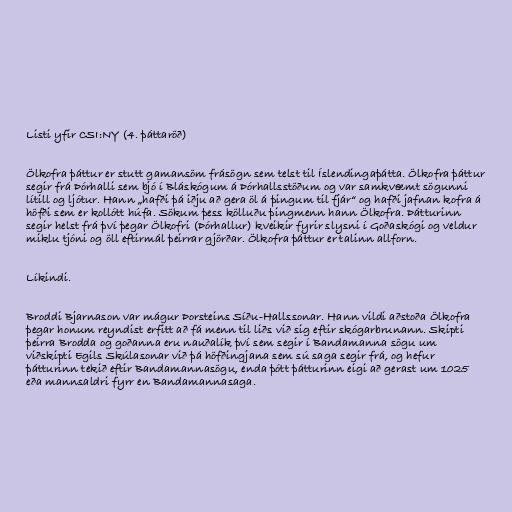
Listi yfir CSI:NY (4. þáttaröð)

Ölkofra þáttur er stutt gamansöm frásögn sem telst til Íslendingaþátta. Ölkofra þáttur
segir frá Þórhalli sem bjó í Bláskógum á Þórhallsstöðum og var samkvæmt sögunni
lítill og ljótur. Hann „hafði þá iðju að gera öl á þingum til fjár“ og hafði jafnan kofra á
höfði sem er kollótt húfa. Sökum þess kölluðu þingmenn hann Ölkofra. Þátturinn
segir helst frá því þegar Ölkofri (Þórhallur) kveikir fyrir slysni í Goðaskógi og veldur
miklu tjóni og öll eftirmál þeirrar gjörðar. Ölkofra þáttur er talinn allforn.

Líkindi.

Broddi Bjarnason var mágur Þorsteins Síðu-Hallssonar. Hann vildi aðstoða Ölkofra
þegar honum reyndist erfitt að fá menn til liðs við sig eftir skógarbrunann. Skipti
þeirra Brodda og goðanna eru nauðalík því sem segir í Bandamanna sögu um
viðskipti Egils Skúlasonar við þá höfðingjana sem sú saga segir frá, og hefur
þátturinn tekið eftir Bandamannasögu, enda þótt þátturinn eigi að gerast um 1025
eða mannsaldri fyrr en Bandamannasaga.